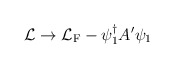
\begin{align*}{\cal L}\rightarrow {\cal L}_{\rm F}-\psi^{\dagger}_1 A^{\prime}\psi_1\end{align*}